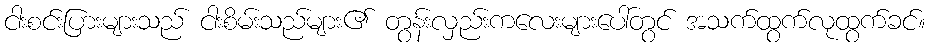
ငါးစင်းပြားများသည် ငါးစိမ်းသည်များ၏ တွန်းလှည်းကလေးများပေါ်တွင် အသက်ထွက်လုထွက်ခင်။